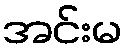
အင်းမ